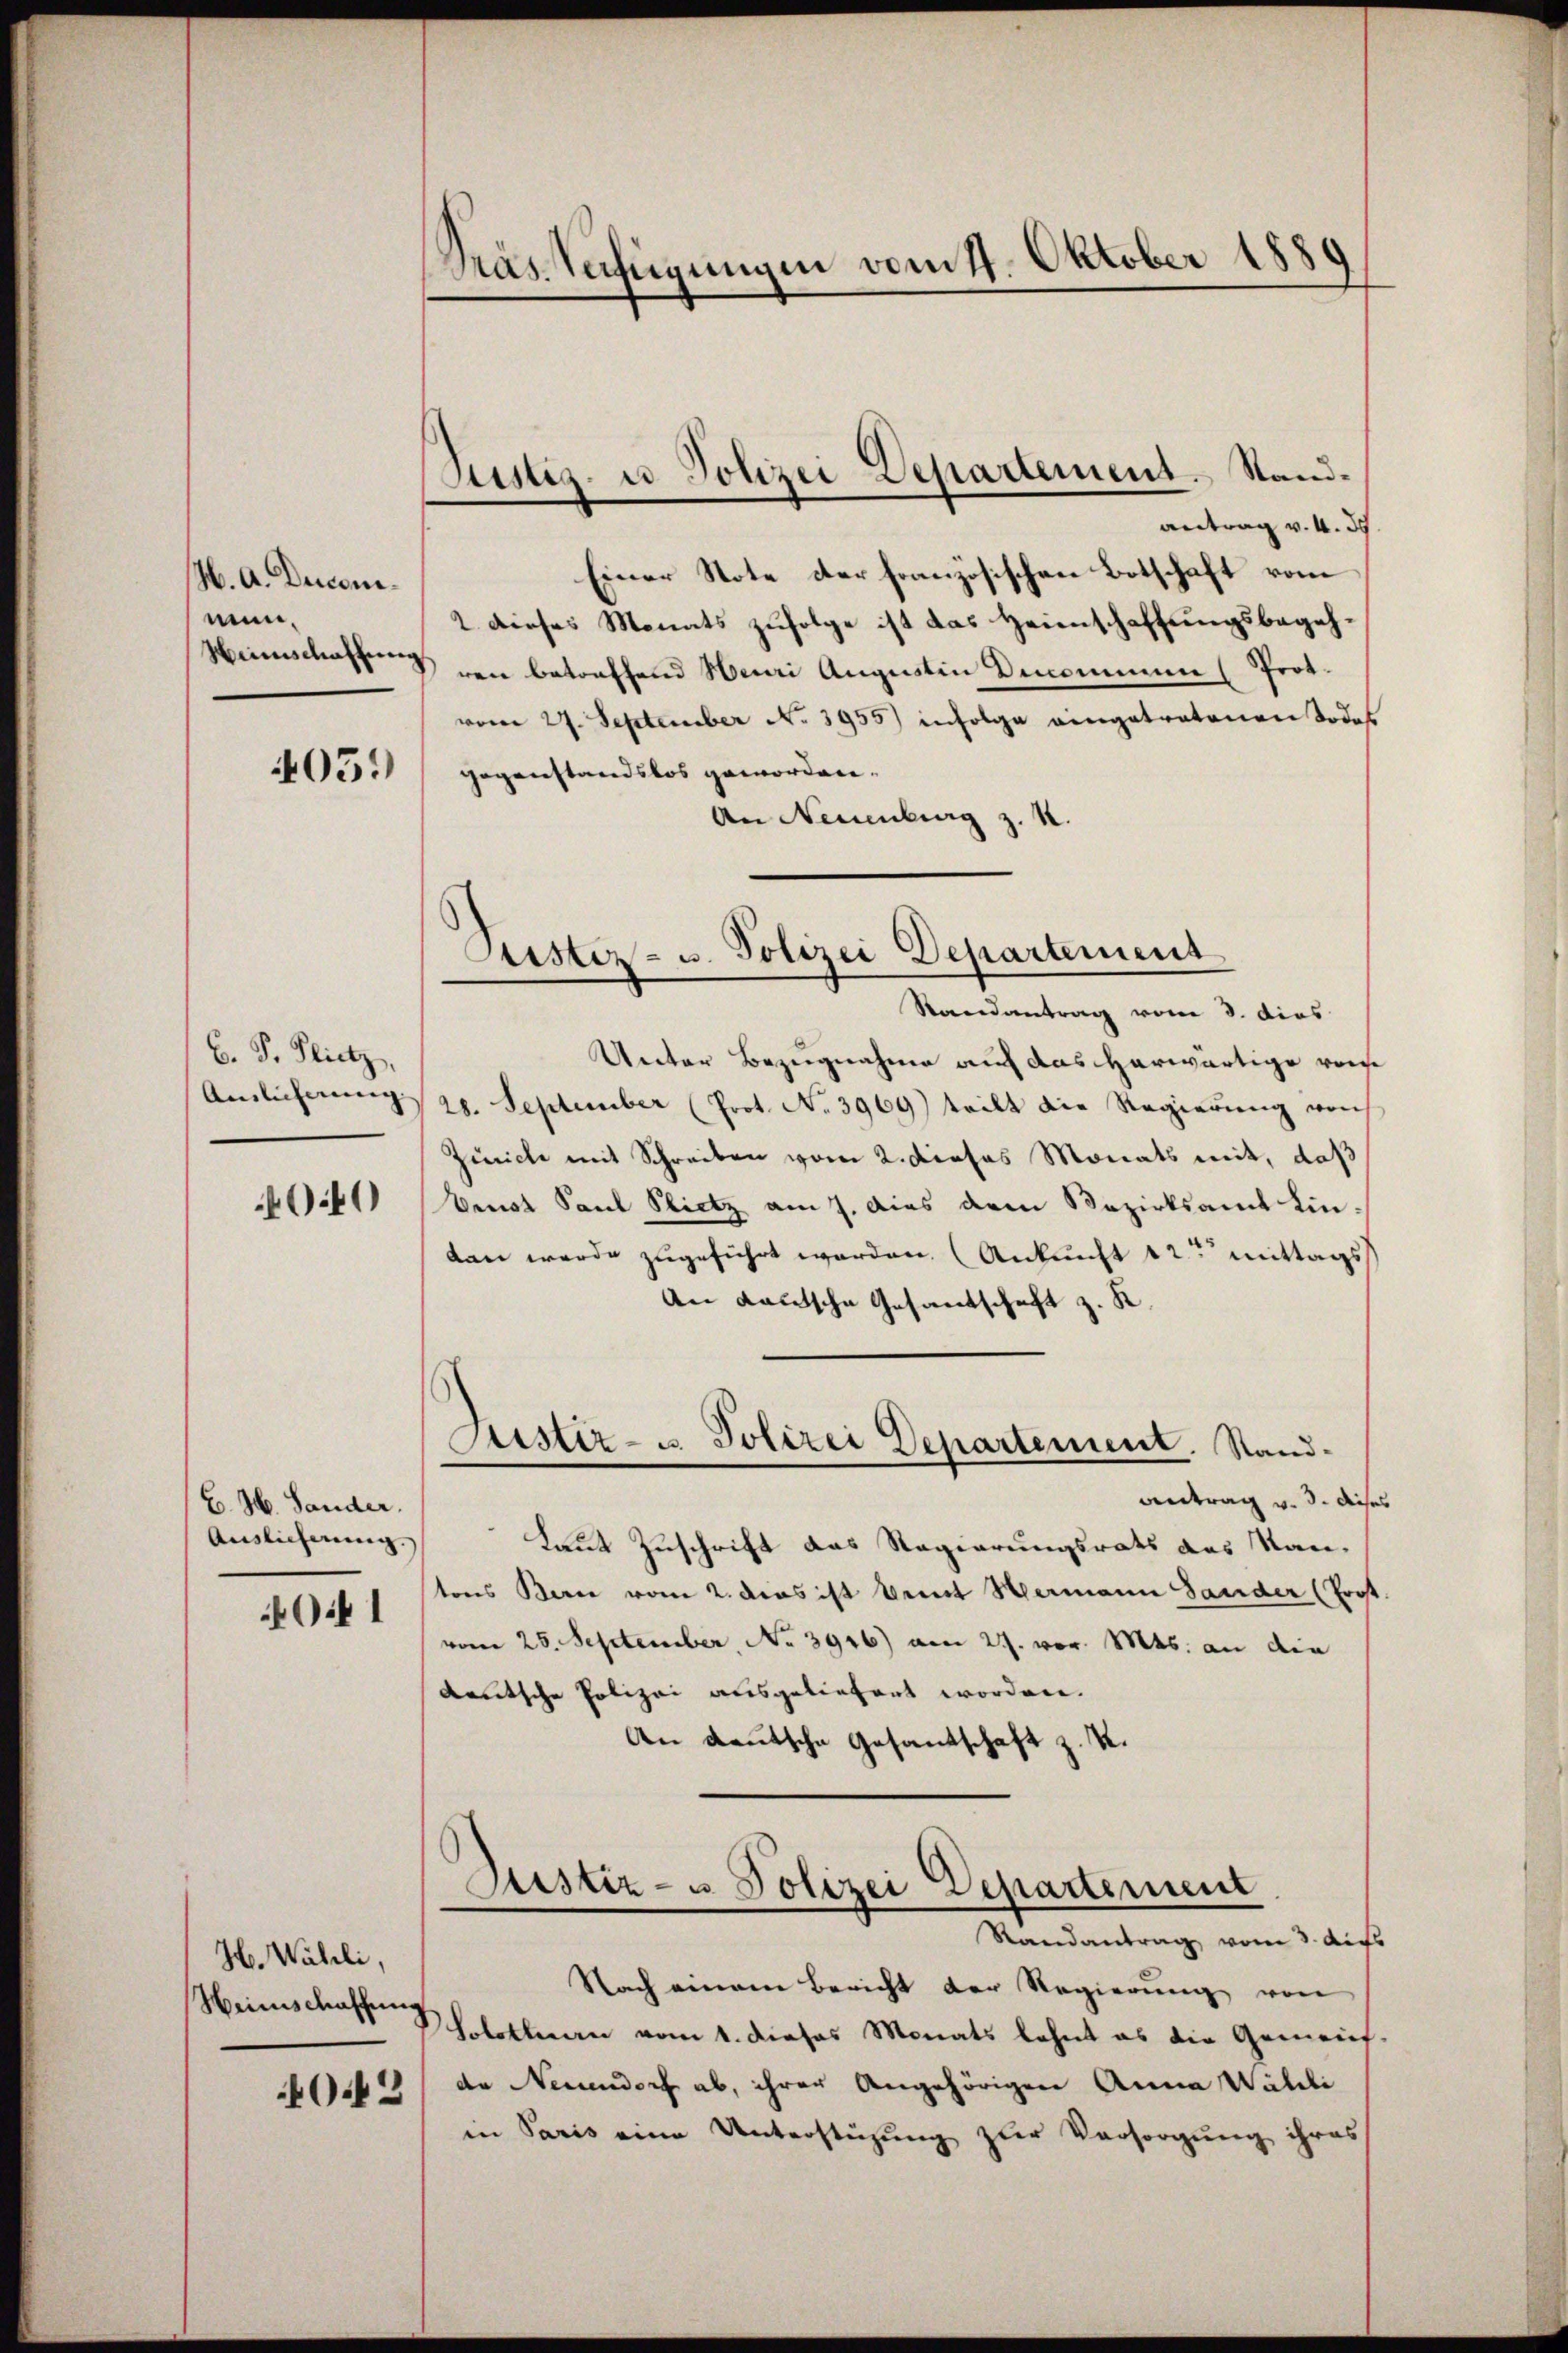
H. A. Duconimun¬
Winschaffung

4051)

B. P. Flietz,
Anlicherung
00

E. H. Lander.
Auslieferung.
1

H. Währli,
Weinschaffung
043

Kas Verfügungen vom 4. Oktober 1880

Süstig. u. Polizei Departement. Standantrag v. 4. d.

Einer Note der französischen Botschaft vom
2. dieses Monats zufolge ist das Heimschaftungsbegehren betreffend Nei Augustin Denommen (Prot.
vom 27. September No. 3955) infolge eingetratonen Todess
gegenstandslos geworden.
An Neuenburg z. R.

Justiz- u. Polizei Departement

Sistiz- u. Polizei Departement. Stand¬

Randantrag vom 3. dies
Unter Bezugnahme auf das herwärtige vorh
28. September (Prot. No. 3969) teilt die Regierŭng von
Ziniche mit Schreiben vom 2. Dieses Monats mit, daß
Verst Paul Plietz am 7. dies dem Bezirksamt Eindan werde zugeführt worden. (Ankunft 12 mittags
An deutsche Gesandschaft z. R.
antrag v. 3. dich
Laut Zuschrift das Regierungsrats des Rautons Berne vom 2. dies ist vent Hermann Lander (Prost
vom 25. September, No 3946) am 27. vor. Mts. an die
deutsche Polizei ausgeliefert worden.
An deutsche Gesandschaft z. K.
Justiz- u Polizei Departement
Randantrag vom 3. Auf
Nach einem Bericht der Regierung von
Solothurn vom 1. dieses Monats lehnt es die Gemeinh
de Necundorf ab, ihrer Angehörigen Anna Wildli
in Paris eine Unterstüzung zur Vorsorgung ihres